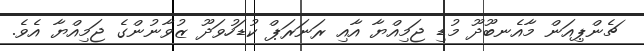
ޗެންޕިއަން މާއެނބޫދޫ މުޑި ޖަމިއްޔާ އާއި ރަނަރަޕް ކުޑަހުވަދޫ ޒުވާނުންގެ ޖަމިއްޔާ އެވެ.